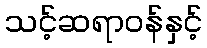
သင့်ဆရာဝန်နှင့်